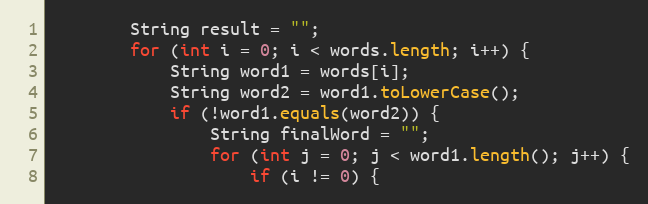
Language: Java
        String result = "";
        for (int i = 0; i < words.length; i++) {
            String word1 = words[i];
            String word2 = word1.toLowerCase();
            if (!word1.equals(word2)) {
                String finalWord = "";
                for (int j = 0; j < word1.length(); j++) {
                    if (i != 0) {